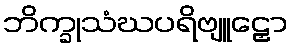
ဘိက္ခုသံဃပရိဗျူဠှော